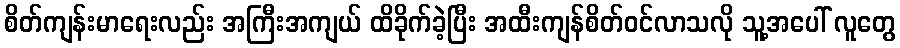
စိတ်ကျန်းမာရေးလည်း အကြီးအကျယ် ထိခိုက်ခဲ့ပြီး အထီးကျန်စိတ်ဝင်လာသလို သူ့အပေါ် လူတွေ